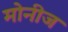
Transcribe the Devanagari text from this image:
मोनीज